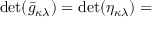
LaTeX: \operatorname* { d e t } ( { \bar { g } } _ { \kappa \lambda } ) = \operatorname* { d e t } ( \eta _ { \kappa \lambda } ) =